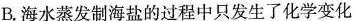
B.海水蒸发制海盐的过程中只发生了化学变化